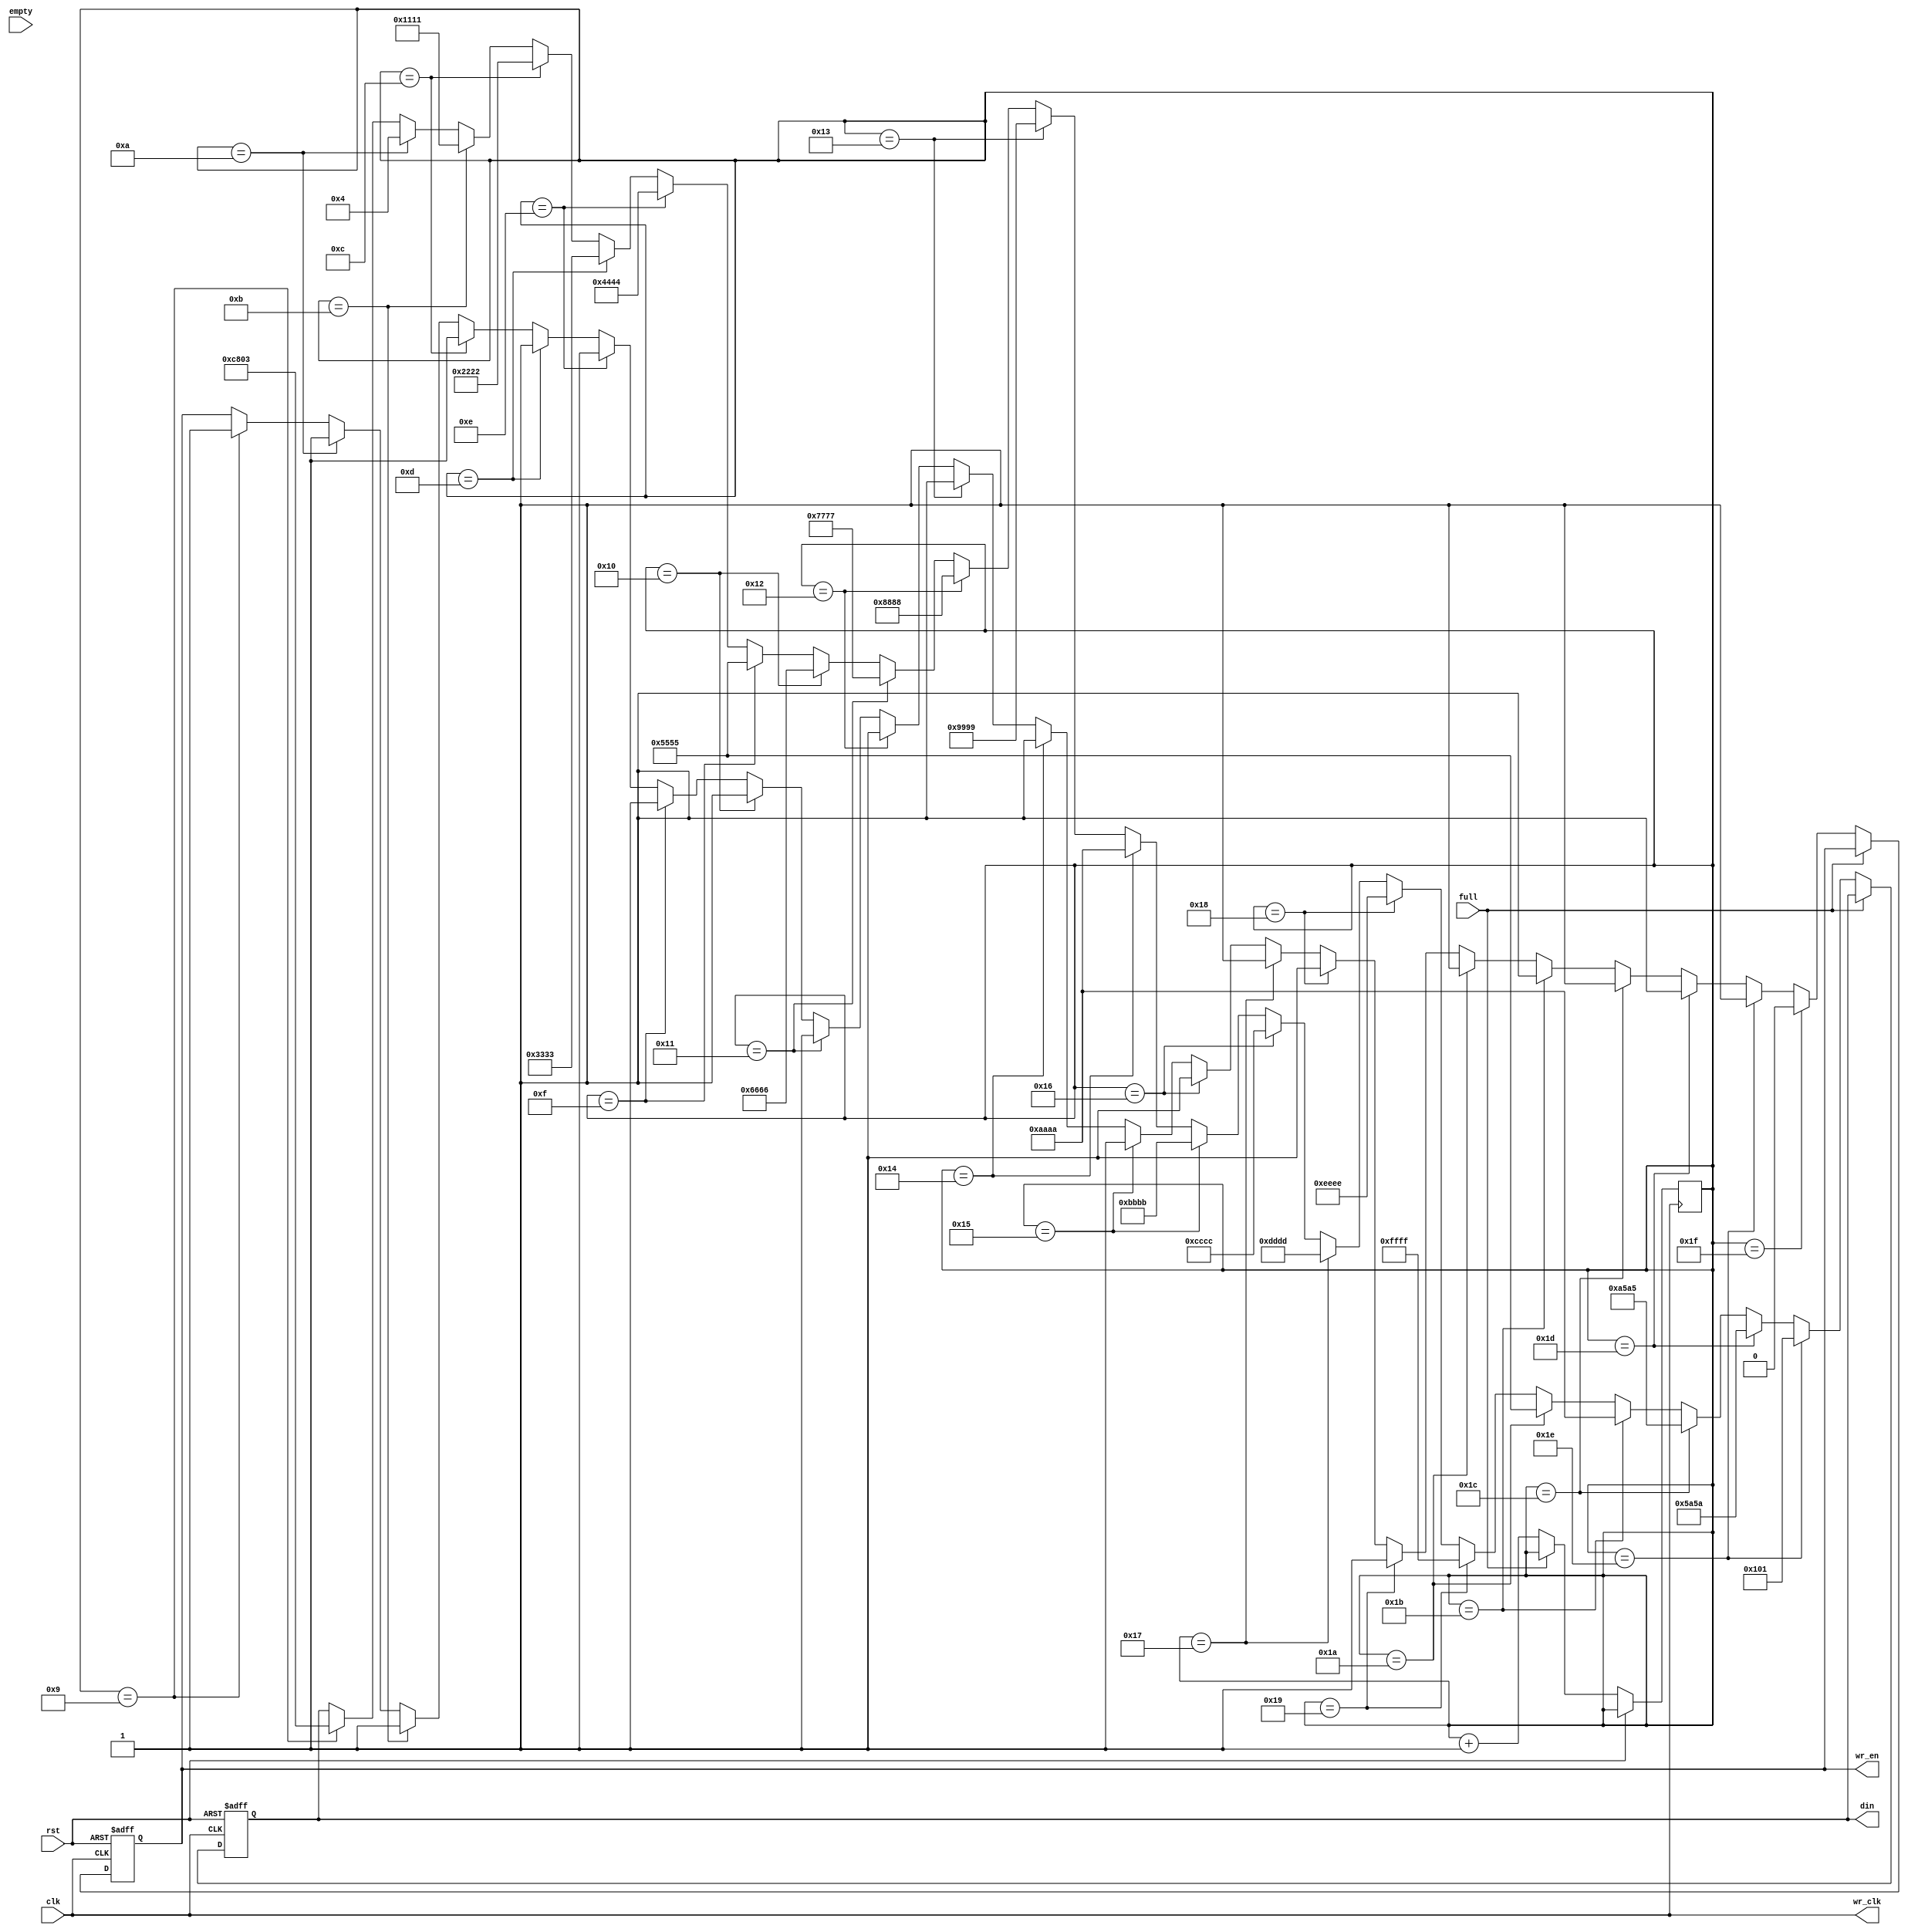
`timescale 1ns / 1ps
//////////////////////////////////////////////////////////////////////////////////
// 
//////////////////////////////////////////////////////////////////////////////////


module write_fifo_t(
    input clk,
    input rst,
    input empty,
    input full,
    output wr_clk,
    output wr_en,
    output [15:0] din
    );

reg [15:0]counter = 16'd0;
reg [15:0]data = 16'd0;
reg en = 1'b0;

assign wr_clk = clk;
assign wr_en = en;
assign din = data;

always @(posedge clk or posedge rst)
begin
    if(rst)
    begin
        en <= 1'b0;
        data <= 16'd0;
    end
    else if(!full)
    begin
        if(counter == 16'd9)
        begin
            en <= 1'b1;
            data <= 16'b1100_1000_0000_0011;//0xc803
        end
        if(counter == 16'd10)
        begin
            en <= 1'b1;
            data <= 16'h0004;//0xc803
        end
        if(counter == 16'd11)
        begin
            en <= 1'b1;
            data <= 16'b0001_0001_0001_0001;//0x1111;
        end
        if(counter == 16'd12)
        begin
            en <= 1'b1;
            data <= 16'b0010_0010_0010_0010;//0x2222;
        end
        if(counter == 16'd13)
        begin
            en <= 1'b1;
            data <= 16'b0011_0011_0011_0011;//0x3333
        end
        if(counter == 16'd14)
        begin
            en <= 1'b1;
            data <= 16'b0100_0100_0100_0100;//0x4444
        end
        if(counter == 16'd15)
        begin
            en <= 1'b1;
            data <= 16'b0101_0101_0101_0101;//0x5555
        end
        if(counter == 16'd16)
        begin
            en <= 1'b1;
            data <= 16'b0110011001100110;//0x3333
        end
        if(counter == 16'd17)
        begin
            en <= 1'b1;
            data <= 16'b0111011101110111;//0x3333
        end
        if(counter == 16'd18)
        begin
            en <= 1'b1;
            data <= 16'b1000100010001000;//0x3333
        end
        if(counter == 16'd19)
        begin
            en <= 1'b1;
            data <= 16'h9999;//0x3333
        end
        if(counter == 16'd20)
        begin
            en <= 1'b1;
            data <= 16'haaaa;//0x3333
        end
        if(counter == 16'd21)
        begin
            en <= 1'b1;
            data <= 16'hbbbb;//0x3333
        end
        if(counter == 16'd22)
        begin
            en <= 1'b1;
            data <= 16'hcccc;//0x3333
        end
        if(counter == 16'd23)
        begin
            en <= 1'b1;
            data <= 16'hdddd;//0x3333
        end
        if(counter == 16'd24)
        begin
            en <= 1'b1;
            data <= 16'heeee;//0x3333
        end
        if(counter == 16'd25)
        begin
            en <= 1'b1;
            data <= 16'hffff;//0x3333
        end
        if(counter == 16'd26)
        begin
            en <= 1'b1;
            data <= 16'h5555;//0x3333
        end
        if(counter == 16'd27)
        begin
            en <= 1'b1;
            data <= 16'haaaa;//0x3333
        end
        if(counter == 16'd28)
        begin
            en <= 1'b1;
            data <= 16'ha5a5;//0x3333
        end
        if(counter == 16'd29)
        begin
            en <= 1'b1;
            data <= 16'h5a5a;//0x3333
        end
        if(counter == 16'd30)
        begin
            en <= 1'b1;
            data <= 16'h0101;//0x3333
        end
   
        if(counter == 16'd31)
        begin
            en <= 1'b0;
        end
//        if(counter < 16'd1000)
//        begin
            counter <= counter + 1'b1;
//        end
//        else
//            counter <= 16'd0;
    end
end


endmodule